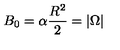
B _ { 0 } = \alpha \frac { R ^ { 2 } } { 2 } = | \Omega |